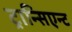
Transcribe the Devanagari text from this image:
ट्रान्सिएन्ट